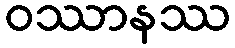
ဝဿာနဿ